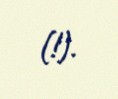
(!).